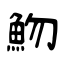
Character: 魩